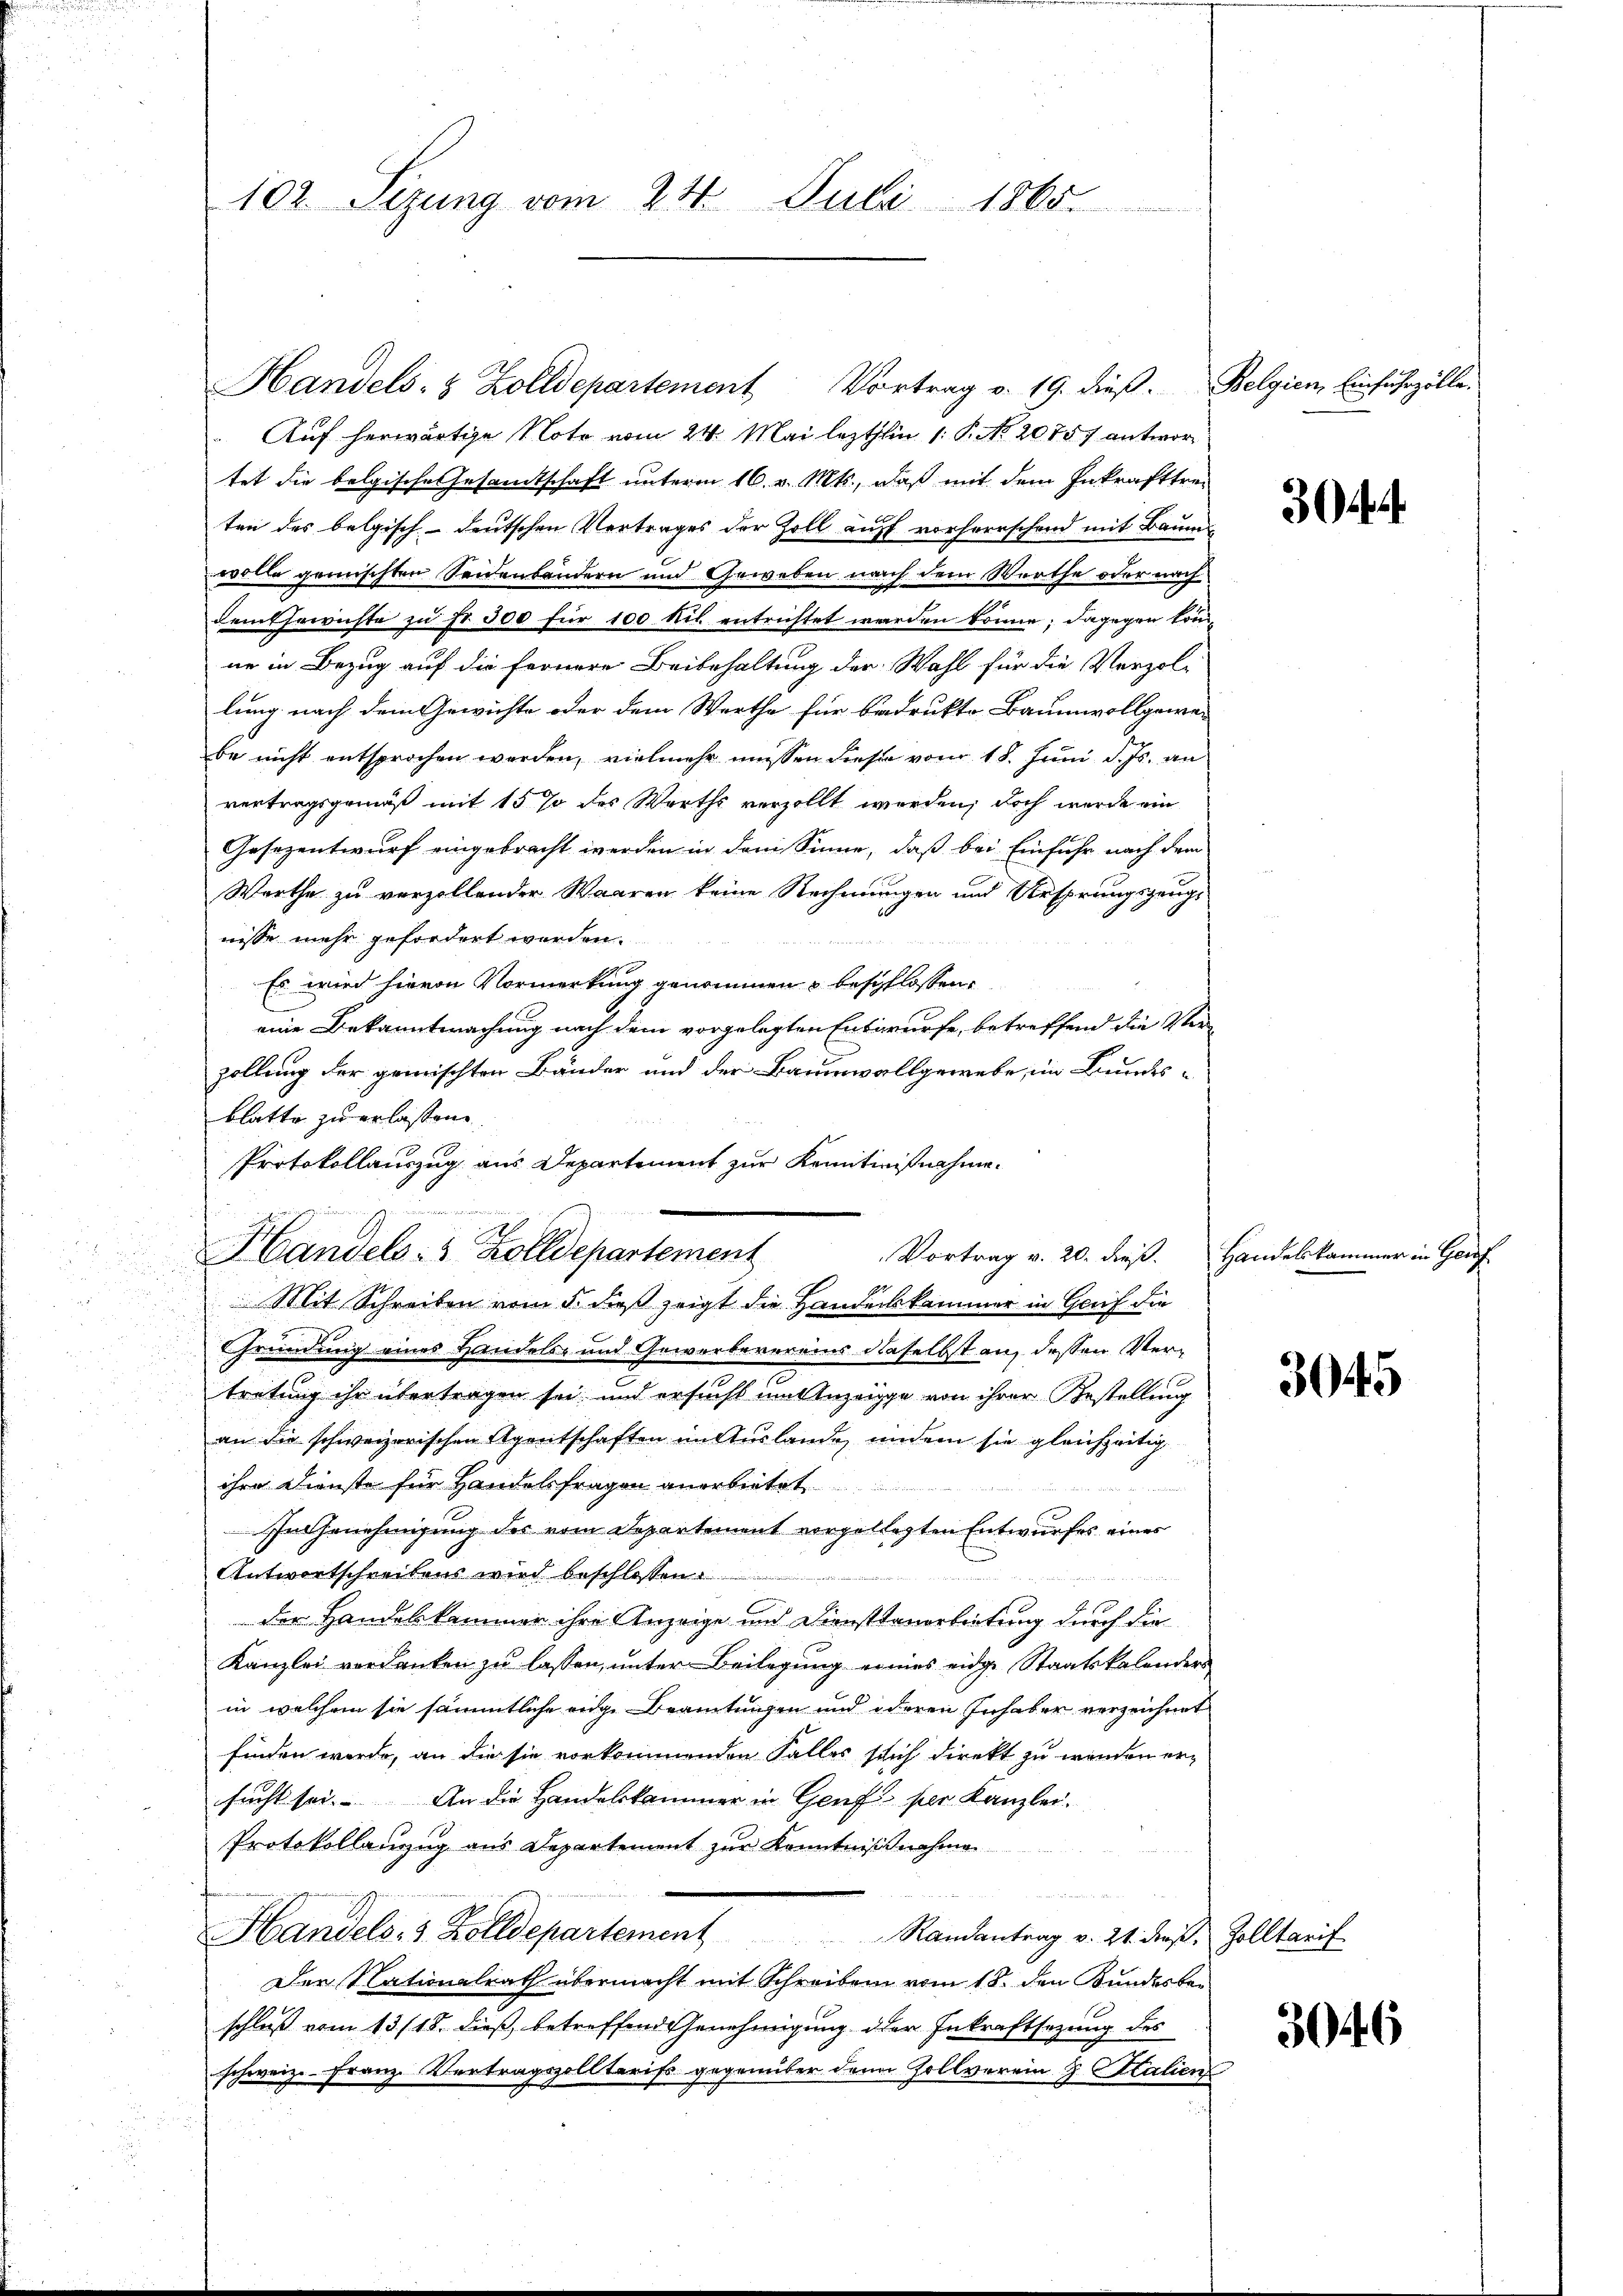
102 Sizung vom 24. Juli 1865.

Handels- & Zolldepartement Vortrag v. 19. dieß.
 Auf herwärtige Note vom 24. Mai lezthin 1. P. Nr. 20757 antwor
tet die belgische Gesamtschaft unterm 16. v. Mts., daß mit dem Inkrafttreten des belgisch-deutschen Vertrages der Zoll auff vorherrschend mit Baumwolle gemischten Seidenbändern und Geweben nach dem Werthe oder nachdem herrichte zu fr. 300 für 100 bis entrichtet werden könne; dagegen komne in Bezug auf die fernere Beibehaltung der Wahl für die Verzol-
lung nach dem Gewichte oder dem Werthe für Badrukto Baumwollgewa-
be nicht entsprochen werden, vielmehr müssen dieser vom 18. Juni d. Js. an
vertragsgemäß mit 15 % des Werths verzollt werden; doch wurde ein
Gesezentwurf eingebracht werden in dem Sinne, daß bei Einfuhr nach dem
Werthe zu verzollender Waaren keine Rechnungen und Ursprungszeug-
nisse mehr gefordert werden.
Es wird hievon Vormerkung genommen u beschlossen
eine Bekanntwachung nach dem vorgelegten Entwurfe, betreffend die Verzollung der gemischten Bänder und der Baumwallgewebe, im Bundes-
blatte zu erlassen
Protokollauszug aus Departement zur Kenntnißnahme.
Handels- & Zolldepartement
Mit Schreiben vom 5. dieß zeigt die Handeskammer in Genf die
d
Gründung eines Handels- und Gewerberereins daselbst an dessen Vertretung ihr übertragen sei und ersucht um Anzeige von ihrer Bestellung
an die schweizerischen Agentschaften in Auslande, indem sie gleichzeitig
ihre Dienste für Handelsfragen anerbietet
In Genehmigung des vom Departement vorgeklagten Entwurfes eines
Antwortschreibens wird beschlossen:

d
der Handelskammer ihre Anzeige und Diensttauarbeitung durch die
Kanzlei verdanken zu lassen, unter Beilegung eines eidge Staatskalender
in welchem sie sämmtliche eige Beamtungen und oderen Inhaber verzeichnet
finden werde, an die sie vorkommenden Falles such direkt zu werden ersucht sei. An die Handelskammer in Genf per Kanzlei-
Protokollanzug aus Departement zur Kenntnißnahme
Handels- & Zolldepartement                           Randantrag v. 21. dieß.
Der Nationalrath übermacht mit Schreiben vom 18. den Bundesber
schluß vom 13/18. dieß, betreffend Genehmigung der Inkraftsetzung des
schweiz.- Franz Vertragszollteriss gegenüber den Zollverein G. Salien

Vortrag v. 20. dieß.

Belgien Einfuhrzölle.

3.

Handelskammer in Gef

3045

Zolltarif

3046